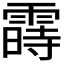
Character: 𬰈